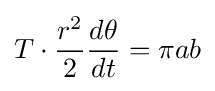
T\cdot {\frac {r^{2}}{2}}{\frac {d\theta }{dt}}=\pi ab